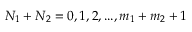
N _ { 1 } + N _ { 2 } = 0 , 1 , 2 , . . . , m _ { 1 } + m _ { 2 } + 1